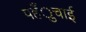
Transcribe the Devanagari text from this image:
पहँुचाई